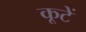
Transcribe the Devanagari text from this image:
कूटें